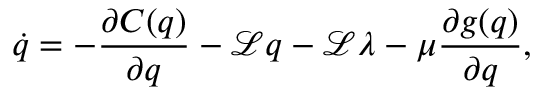
\dot { q } = - \frac { \partial C ( q ) } { \partial q } - \mathcal { L } q - \mathcal { L } \lambda - \mu \frac { \partial g ( q ) } { \partial q } ,